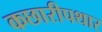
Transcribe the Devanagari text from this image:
कछारीपथार